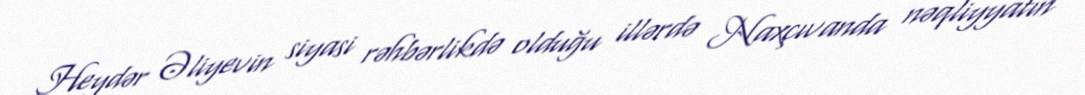
Heydər Əliyevin siyasi rəhbərlikdə olduğu illərdə Naxçıvanda nəqliyyatın